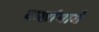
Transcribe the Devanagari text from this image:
कक्षांमागे